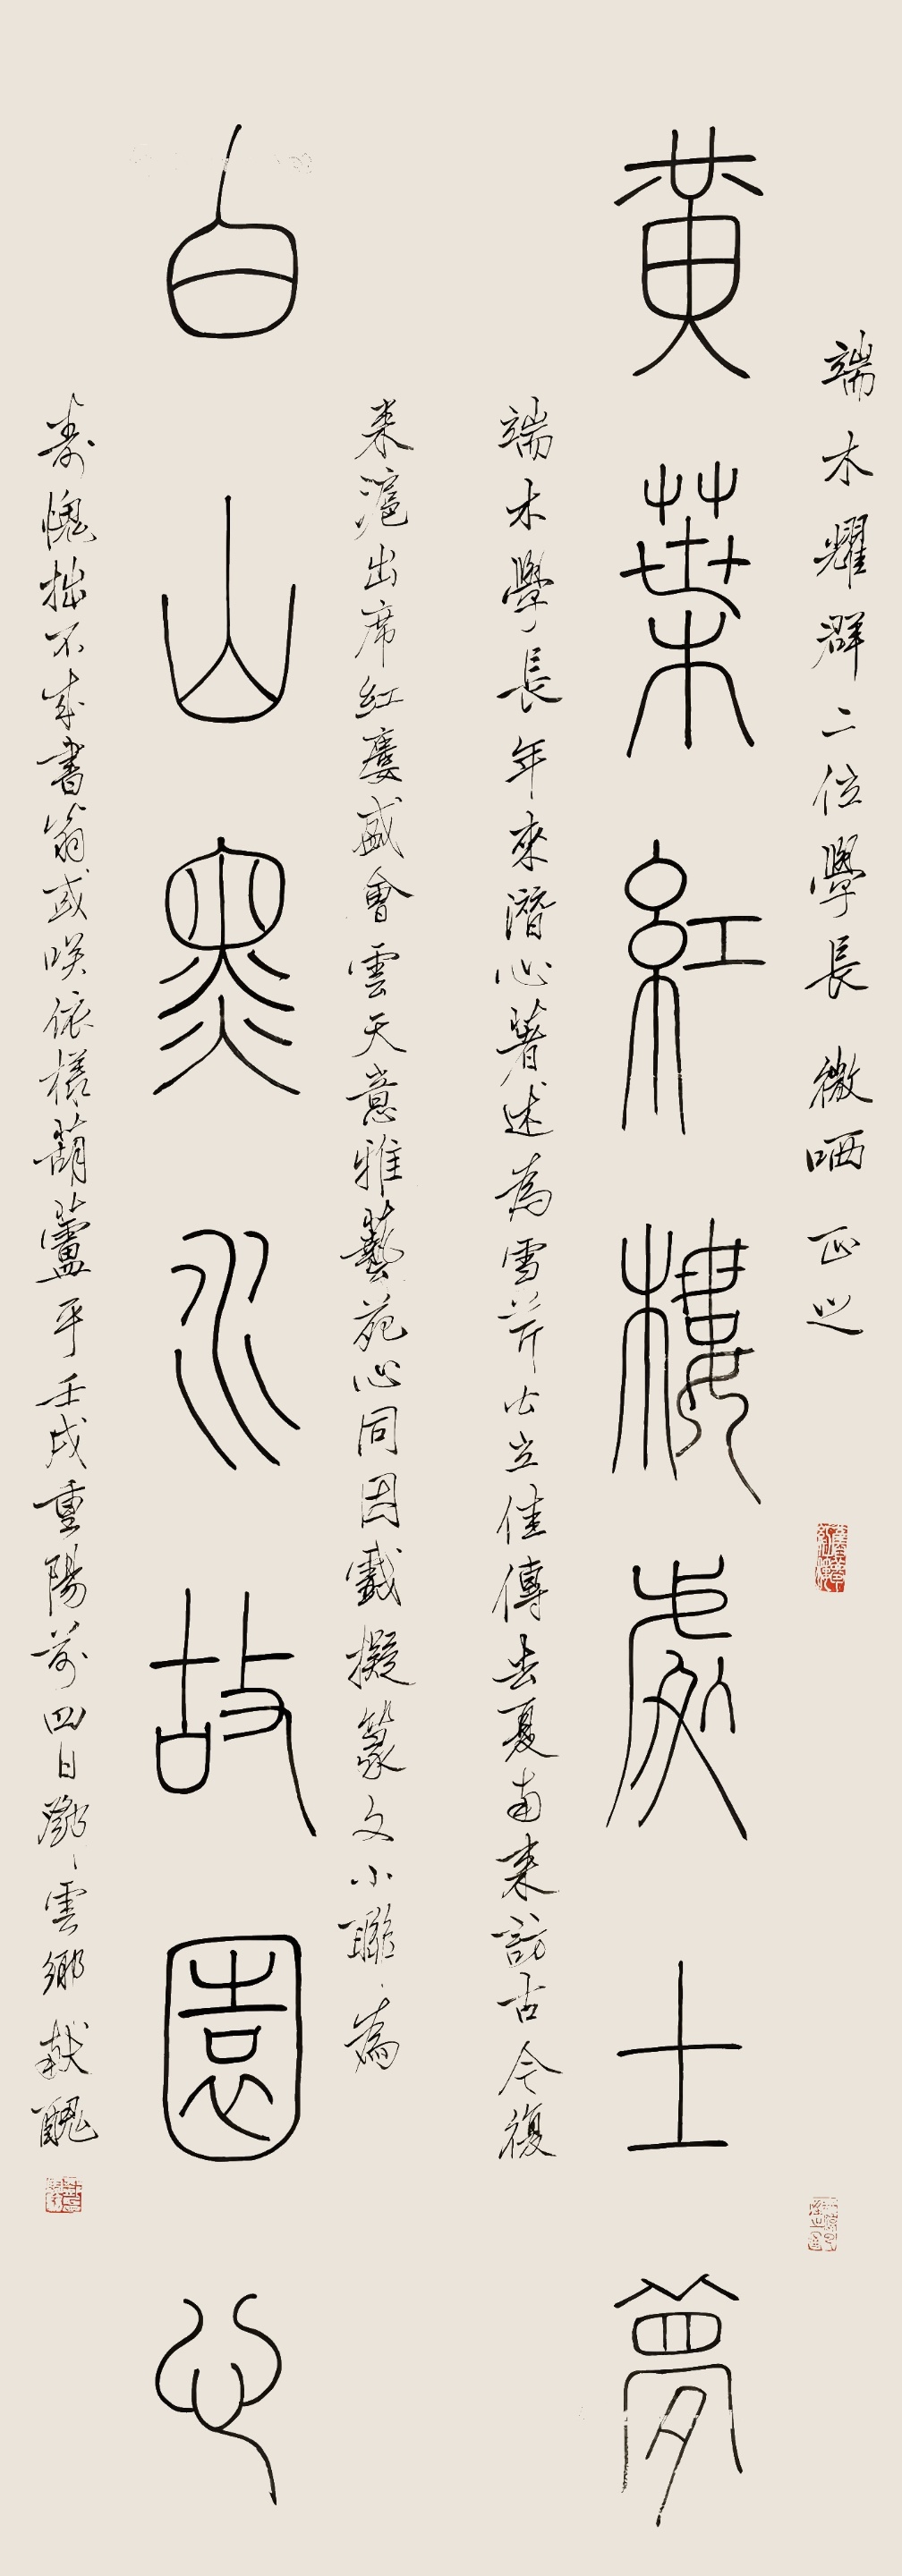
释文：黄叶红楼处士梦，白山黑水故园心。端木、耀群二位学长微哂正之，端木学长年来潜心著述，为雪芹公立佳传。去夏南来访古，今复来沪出席红楼盛会，云天意雅，艺苑心同。因戏拟篆文小联为寿，愧拙不成书，翁或笑依样葫芦乎？壬戌重阳前四日邓云乡献丑。